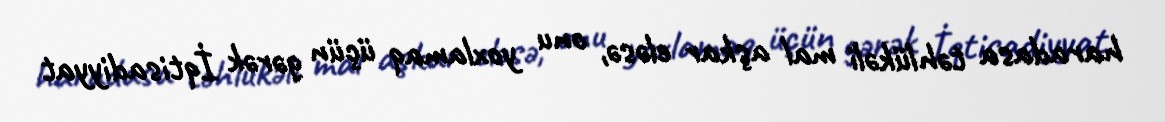
haradasa təhlükəli mal aşkar eləsə, onu yoxlamaq üçün gərək İqtisadiyyat